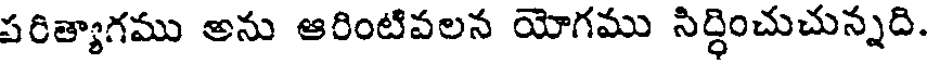
పరిత్యాగము అను ఆరింటివలన యోగము సిర్ధించుచున్నది.